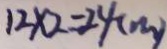
1 2 \times 2 = 2 4 ( m )